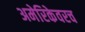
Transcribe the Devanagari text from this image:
अमेरिकेवरच